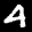
Label: 4